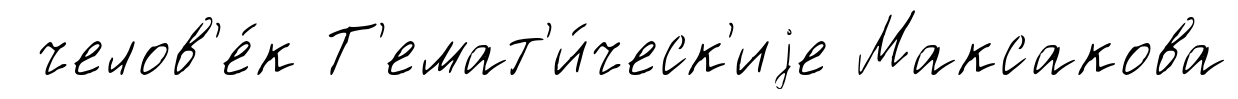
челов'е́к Т'емат'и́ческ'иjе Максакова